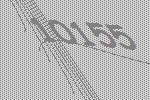
10155